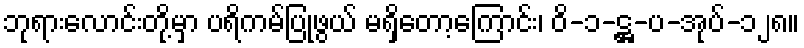
ဘုရားလောင်းတို့မှာ ပရိကမ်ပြုဖွယ် မရှိတော့ကြောင်း၊ ဝိ-၁-ဋ္ဌ-ပ-အုပ်-၁၂၈။